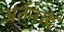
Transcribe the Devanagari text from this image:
अंर्तनाद